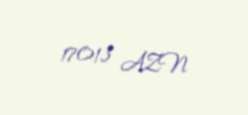
17013 AZN